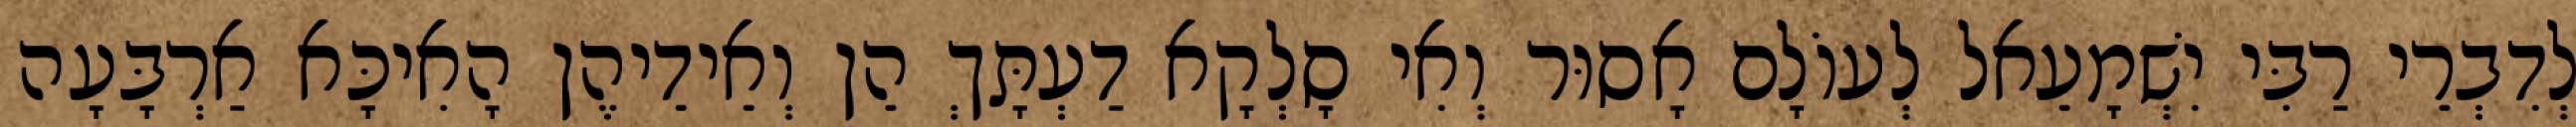
לְדִבְרֵי רַבִּי יִשְׁמָעֵאל לְעוֹלָם אָסוּר וְאִי סָלְקָא דַעְתָּךְ הֵן וְאֵידֵיהֶן הָאִיכָּא אַרְבָּעָה